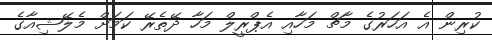
ކުރިން އެ އަހަރުގެ މާޗް މަހާއި އެޕްރީލް މަހާ ދޭތެރޭ ކަމަށް މެލޭޝިއާގެ